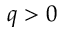
q > 0